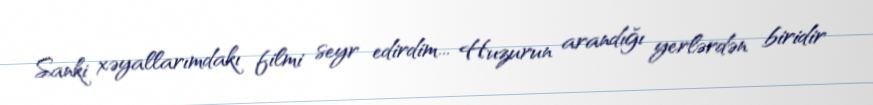
Sanki xəyallarımdakı filmi seyr edirdim... Huzurun arandığı yerlərdən biridir